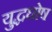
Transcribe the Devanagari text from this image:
युद्धघोष